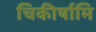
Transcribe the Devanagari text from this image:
चिकीर्षामि